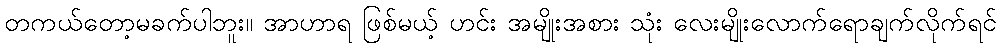
တကယ်တော့မခက်ပါဘူး။ အာဟာရ ဖြစ်မယ့် ဟင်း အမျိုးအစား သုံး လေးမျိုးလောက်ရောချက်လိုက်ရင်